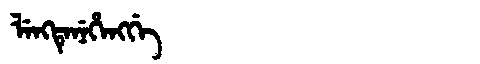
Manchu: ᠯᡝᠩᡨᡝᠨᡝᡥᡝᠩᡤᡝ
Romanization: LENGTENEHENGGE